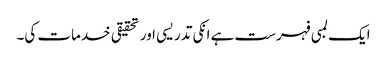
ایک لمبی فہرست ہے انکی تدریسی اور تحقیقی خدمات کی۔